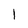
Character: 1